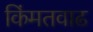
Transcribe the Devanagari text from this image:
किंमतवाढ